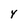
Character: 4